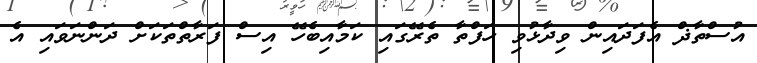
އުސްތާޛް އެފަދައިން ވިދާޅުވި ހަފްތާ ތެރޭގައި ކަމާއިބެހޭ އިސް ފަރާތްތަކަށް ދަންނަވައި އެ